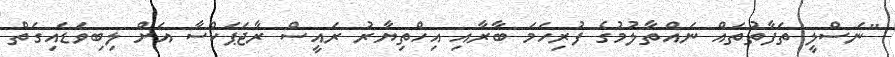
"ނަސްލީ ތަފާތުތައް ނައްތާލުމުގެ ފުރިހަމަ ބާރާއި އިހްތިޔާރު ރައީސް ރާޖަޕަކްސާ އަށް ލިބިވަޑައިގަތް